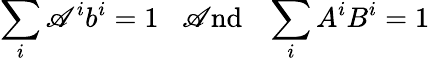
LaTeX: \sum_{i}\mathscr{A}^{i}b^{i}=1\; \; \; \mathrm{{\mathscr{A}nd}}\; \; \; \sum_{i}A^{i}B^{i}=1